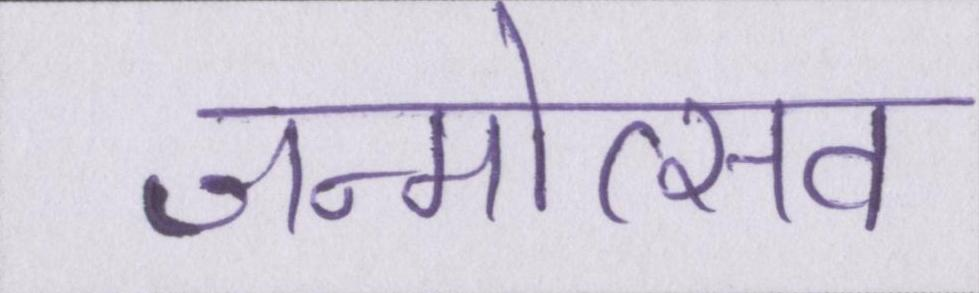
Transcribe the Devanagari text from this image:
जन्मोत्सव